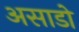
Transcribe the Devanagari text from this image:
असाडो